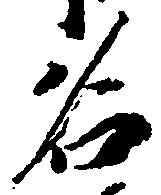
名